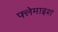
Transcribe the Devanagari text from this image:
फ्लेमाइश